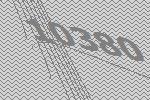
10380